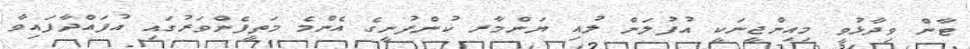
ޓާން ވިދާޅުވީ މިއިންޖީނަކީ އުފުލަން ލުއި ޔަންމާރ ކުންފުނީގެ އެންމެ މަތީފެންވަރުގައި އުފައްދާފައިވާ